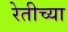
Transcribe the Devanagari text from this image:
रेतीच्या